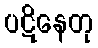
ပဋိနေတု